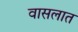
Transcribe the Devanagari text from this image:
वासलात